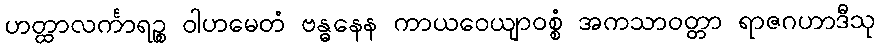
ဟတ္ထာလင်္ကာရဉ္စ ဝါဟမေတံ ဗန္ဓနေန ကာယဝေယျာဝစ္စံ အကသာဝတ္တာ ရာဇဂဟာဒီသု